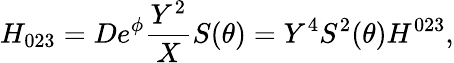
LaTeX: H_{023}=De^{\phi}\frac{Y^{2}}XS(\theta)=Y^{4}S^{2}(\theta)H^{023},